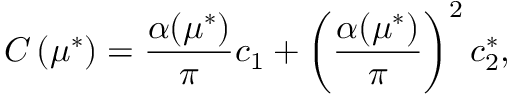
C \left( \mu ^ { * } \right) = \frac { \alpha ( \mu ^ { * } ) } { \pi } c _ { 1 } + \left( \frac { \alpha ( \mu ^ { * } ) } { \pi } \right) ^ { 2 } c _ { 2 } ^ { * } ,